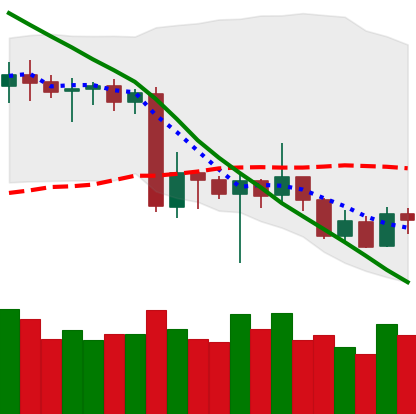
Ticker: XRP-USD
Chart end date: 2020-06-23
Forward return: -5.824%
Label: down_5_7